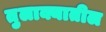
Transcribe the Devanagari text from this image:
तुलाक्यातील